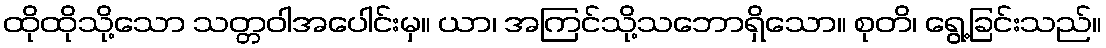
ထိုထိုသို့သော သတ္တဝါအပေါင်းမှ။ ယာ၊ အကြင်သို့သဘောရှိသော။ စုတိ၊ ရွေ့ခြင်းသည်။